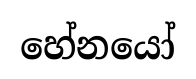
හේනයෝ